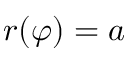
r ( \varphi ) = a